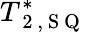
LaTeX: T_{\mathrm{~2~,~S~Q~}}^{*}